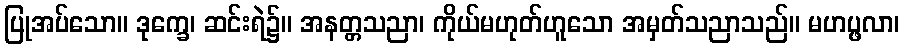
ပြုအပ်သော။ ဒုက္ခေ၊ ဆင်းရဲ၌။ အနတ္တသညာ၊ ကိုယ်မဟုတ်ဟူသော အမှတ်သညာသည်။ မဟပ္ဖလာ၊